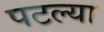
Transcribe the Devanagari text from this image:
पटल्या